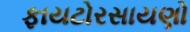
ફાયટોરસાયણો